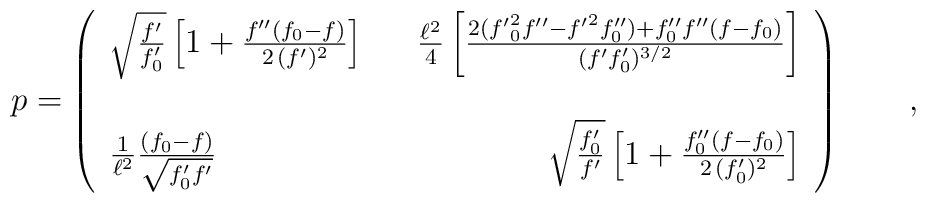
p= \left(\begin{array}{lcr} \sqrt{\frac { f'}{ f'_0 }}\left[1 + \frac {f''(f_0-f)}{2 \, (f')^2} \right] & &\frac{\ell^2}{4} \left[ \frac{ 2({f'}_0^2 f'' - {f'}^2 f''_0) + f''_0 f'' (f-f_0)}{ (f' f'_0)^{3/2}} \right] \\ & & \\\frac{1}{\ell^2} \frac {(f_0-f)}{\sqrt{f'_0 f'}} & &\sqrt{\frac { f'_0}{f' }}\left[1+ \frac {f''_0 (f-f_0)}{2 \,(f_0')^2 }\right]  \end{array}\right) \qquad ,